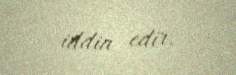
iddia edir.